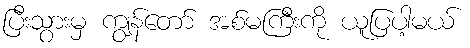
ပြီးသွားမှ ကျွန်တော် အစ်မကြီးကို ယူပြပါ့မယ်